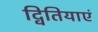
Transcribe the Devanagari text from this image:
द्वितियाएं